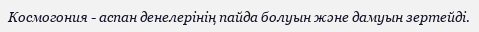
Космогония - аспан денелерінің пайда болуын және дамуын зертейді.